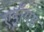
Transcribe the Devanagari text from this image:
एड्रॉयड